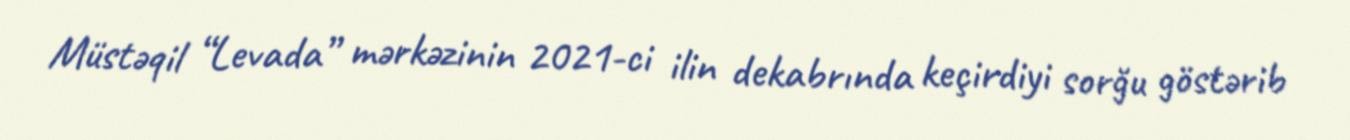
Müstəqil “Levada” mərkəzinin 2021-ci ilin dekabrında keçirdiyi sorğu göstərib